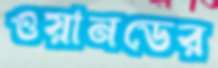
ওয়ানডের